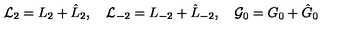
{ \cal L } _ { 2 } = L _ { 2 } + \hat { L } _ { 2 } , \quad { \cal L } _ { - 2 } = L _ { - 2 } + \hat { L } _ { - 2 } , \quad { \cal G } _ { 0 } = G _ { 0 } + \hat { G } _ { 0 }